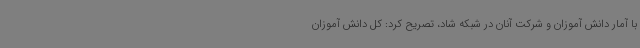
با آمار دانش آموزان و شرکت آنان در شبکه شاد، تصریح کرد: کل دانش آموزان